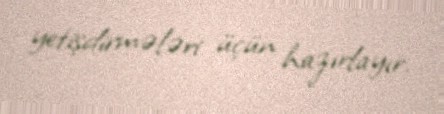
yetişdirmələri üçün hazırlayır.